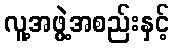
လူ့အဖွဲ့အစည်းနှင့်